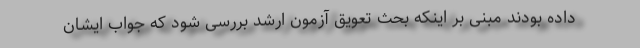
داده بودند مبنی بر اینکه بحث تعویق آزمون ارشد بررسی شود که جواب ایشان